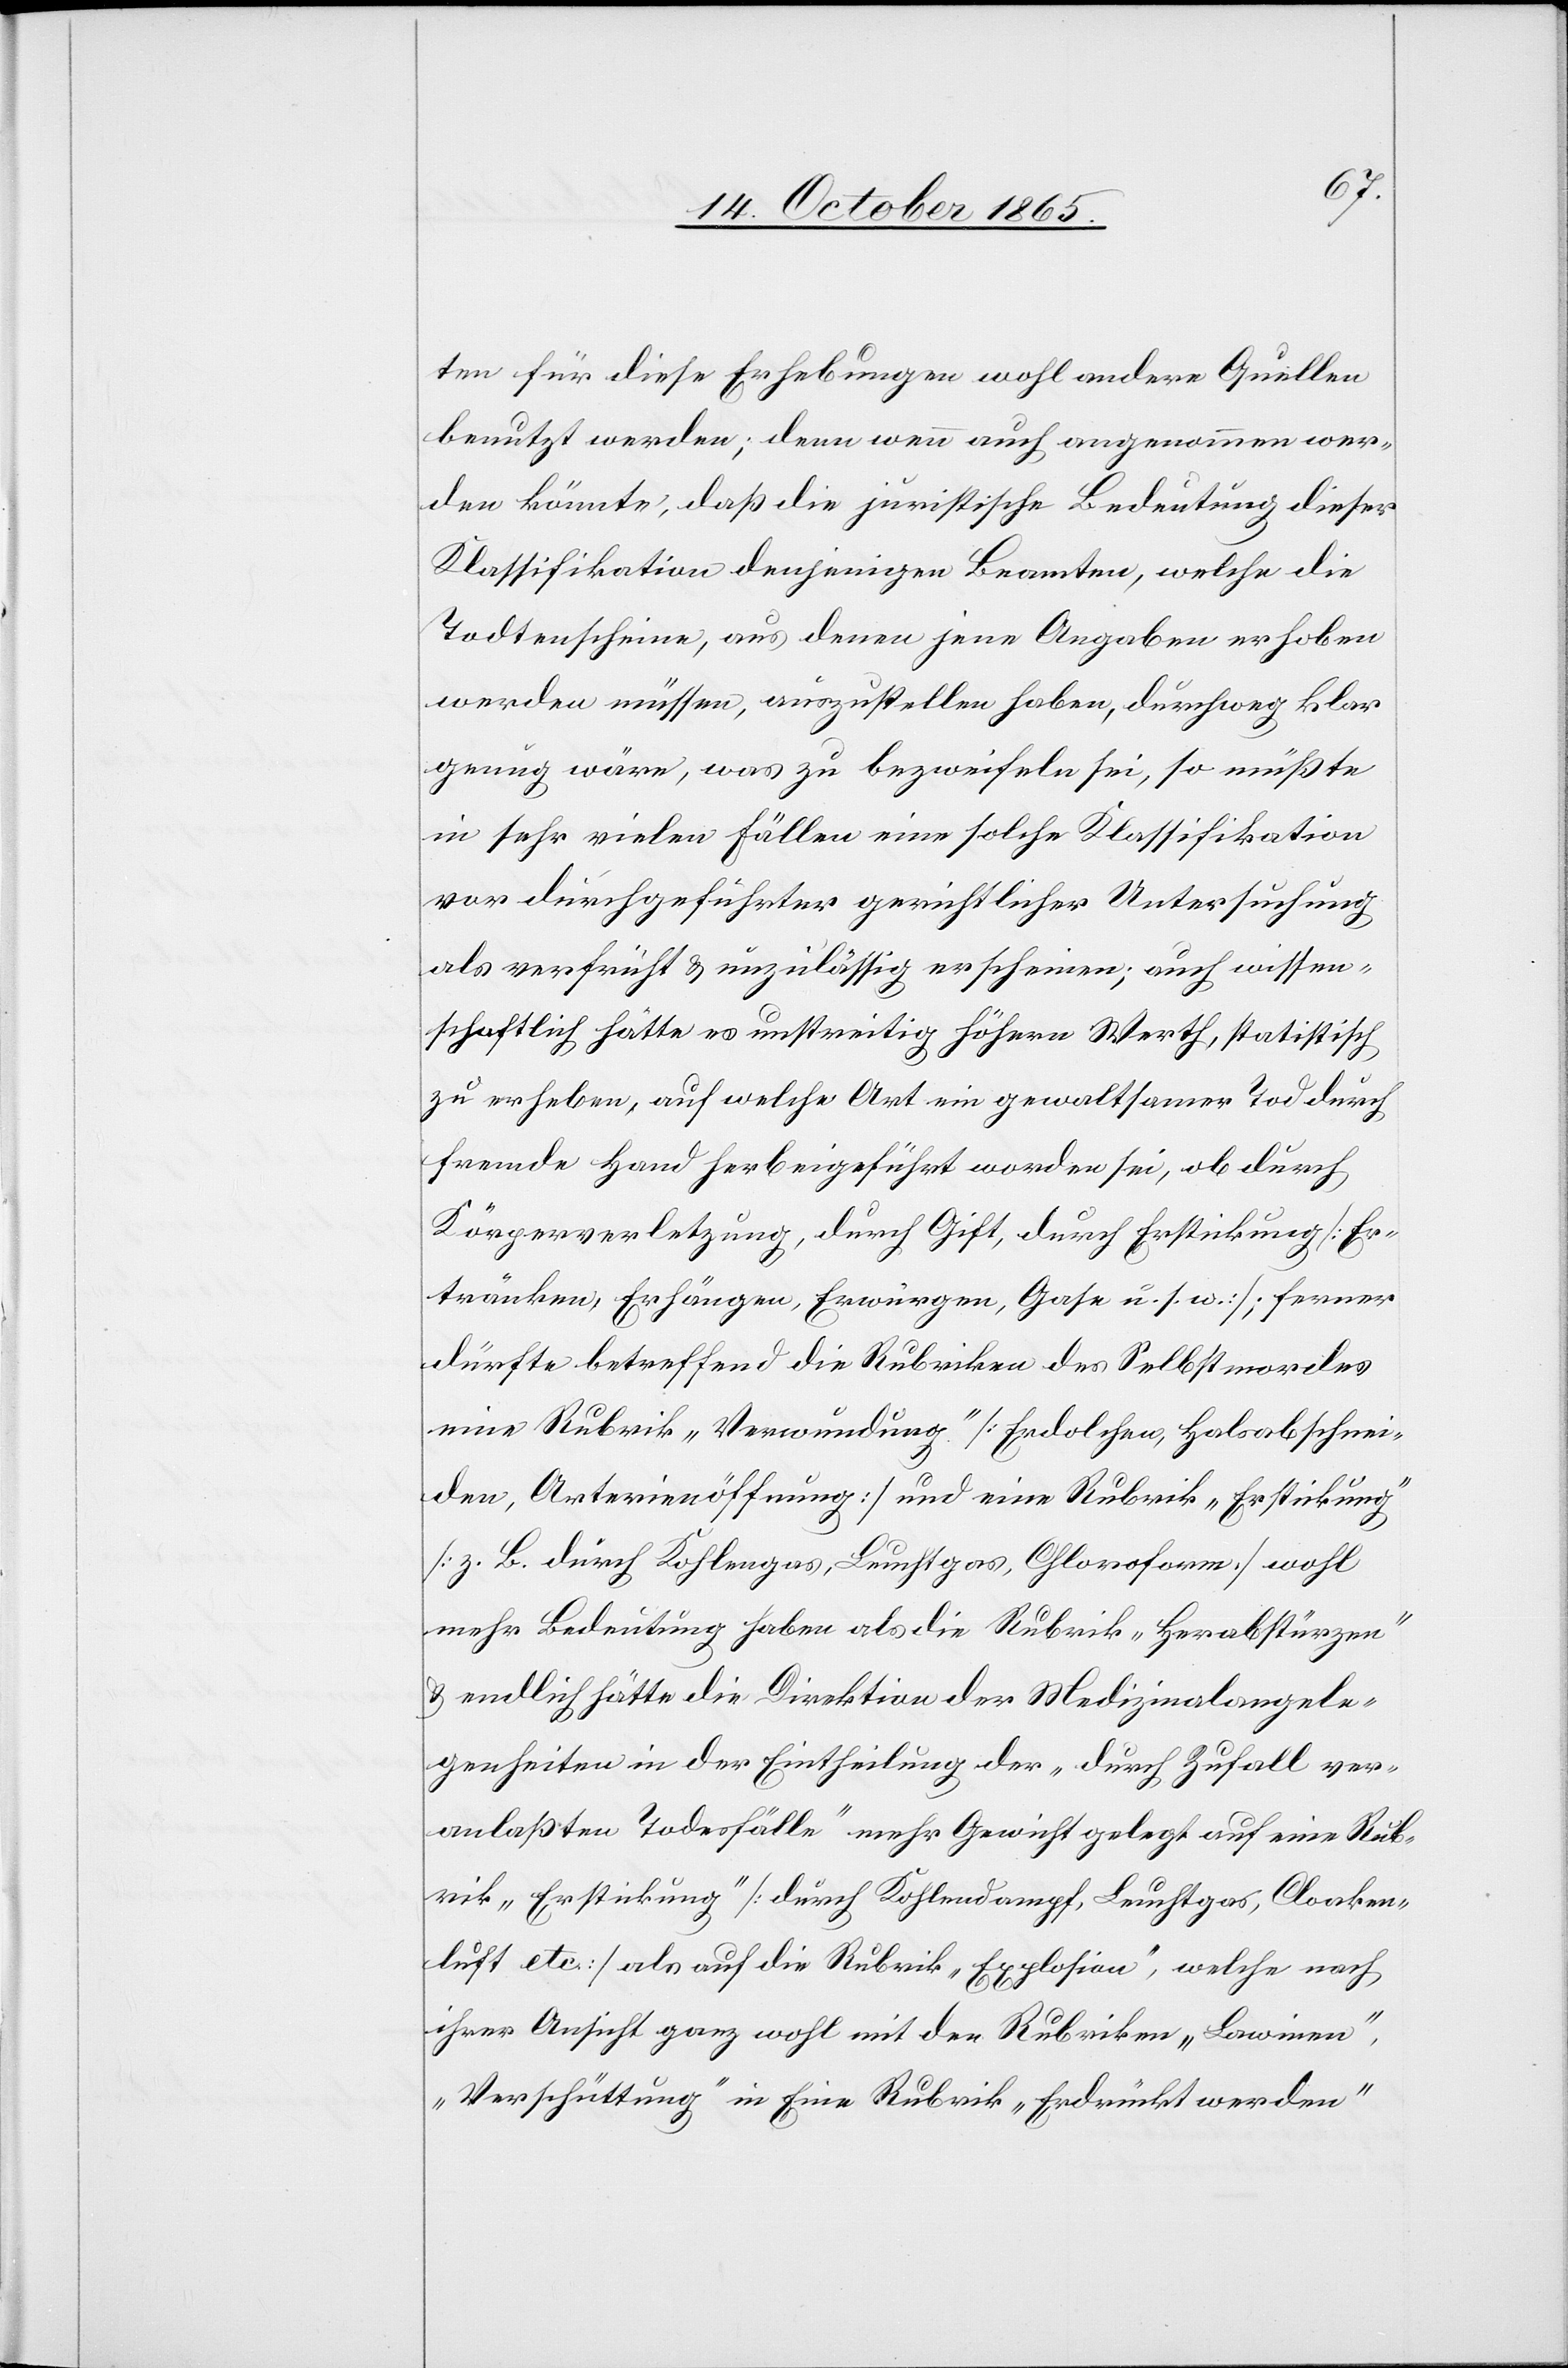
ten für diese Erhebungen wohl andere Quellen
benutzt werden; denn wenn auch angenommen wer¬
den könnte, daß die juristische Bedeutung dieser
Klassifikation denjenigen Beamten, welche die
Todtenscheine, aus denen jene Angaben erhoben
werden müssen, auszustellen haben, durchweg klar
genug wäre, was zu bezweifeln sei, so müßte
in sehr vielen Fällen eine solche Klassifikation
vor durchgeführter gerichtlicher Untersuchung
als verfrüht & unzulässig erscheinen; auch wissen¬
schaftlich hätte es unstreitig höhern Werth, statistisch
zu erheben, auf welche Art ein gewaltsamer Tod durch
fremde Hand herbeigeführt worden sei, ob durch
Körperverletzung, durch Gift, durch Erstickung [Er¬
tränken, Erhängen, Erwürgen, Gase u. s. w.]; ferner
dürfte betreffend die Rubriken des Selbstmordes
eine Rubrik „Verwundung“ [Erdolchen, Halsabschnei¬
den, Arterienöffnung] und eine Rubrik „Erstickung“
[z. B. durch Kohlengas, Leuchtgas, Chloroform] wohl
mehr Bedeutung haben als die Rubrik „Herabstürzen“
& endlich hätte die Direktion der Medizinalangele¬
genheiten in der Eintheilung der „durch Zufall ver¬
anlaßten Todesfälle“ mehr Gewicht gelegt auf eine Rub¬
rik „Erstickung“ [durch Kohlendampf, Leuchtgas, Cloaken¬
luft etc.] als auf die Rubrik „Explosion“, welche nach
ihrer Ansicht ganz wohl mit den Rubriken „Lawinen“,
„Verschüttung“ in Eine Rubrik „Erdrückt werden“